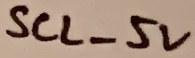
Text: SCL_5V